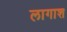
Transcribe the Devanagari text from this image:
लागाश